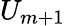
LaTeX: U_{m+1}